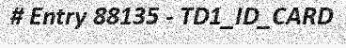
# Entry 88135 - TD1_ID_CARD